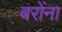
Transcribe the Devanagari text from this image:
बरोंना